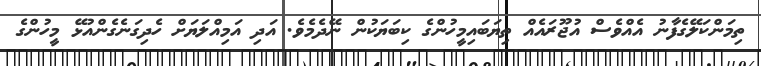
ތިމަންކަލޭގެފާނު އެއްވެސް އުޖޫރައެއް ތިޔަބައިމީހުންގެ ކިބަަޔަކުން ނޭދެމެވެ. އަދި އަމިއްލަޔަށް ހެދިގަނެގެންއުޅޭ މީހުންގެ